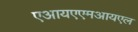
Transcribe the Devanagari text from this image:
एआयएएमआयएल